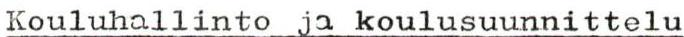
Kouluhallinto ja koulusuunnittelu